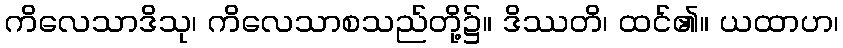
ကိလေသာဒိသု၊ ကိလေသာစသည်တို့၌။ ဒိဿတိ၊ ထင်၏။ ယထာဟ၊